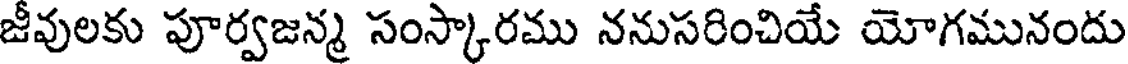
జీవులకు పూర్వజన్మ సంస్కారము ననుసరించియే యోగమునందు